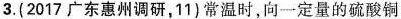
3.(2017广东惠州调研,11)常温时，向一定量的硫酸铜